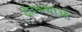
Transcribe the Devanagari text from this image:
दंतकथाओ